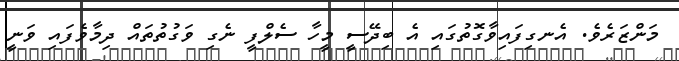
މަންޒަރެވެ. އެނގިފައިވާގޮތުގައި އެ ބިދޭސީ މީހާ ސެލްފީ ނެގި ވަގުތުތައް ދިމާވެފައި ވަނީ